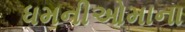
ધમનીઓમાના